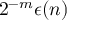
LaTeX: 2 ^ { - m } \epsilon ( n )